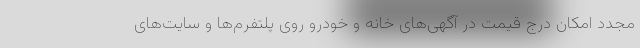
مجدد امکان درج قیمت در آگهی‌های خانه و خودرو روی پلتفرم‌ها و سایت‌های